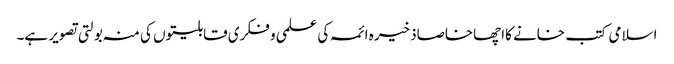
اسلامی کتب خانے کااچھاخاصاذخیرہ ائمہ کی علمی و فکری قابلیتوں کی منہ بولتی تصویر ہے۔